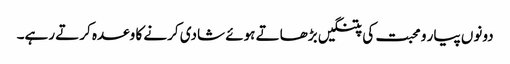
دونوں پیار و محبت کی پتنگیں بڑھاتے ہوئے شادی کرنے کا وعدہ کرتے رہے۔